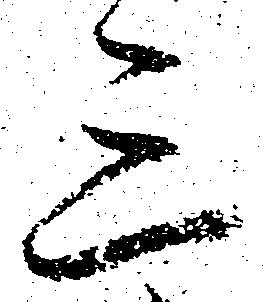
三